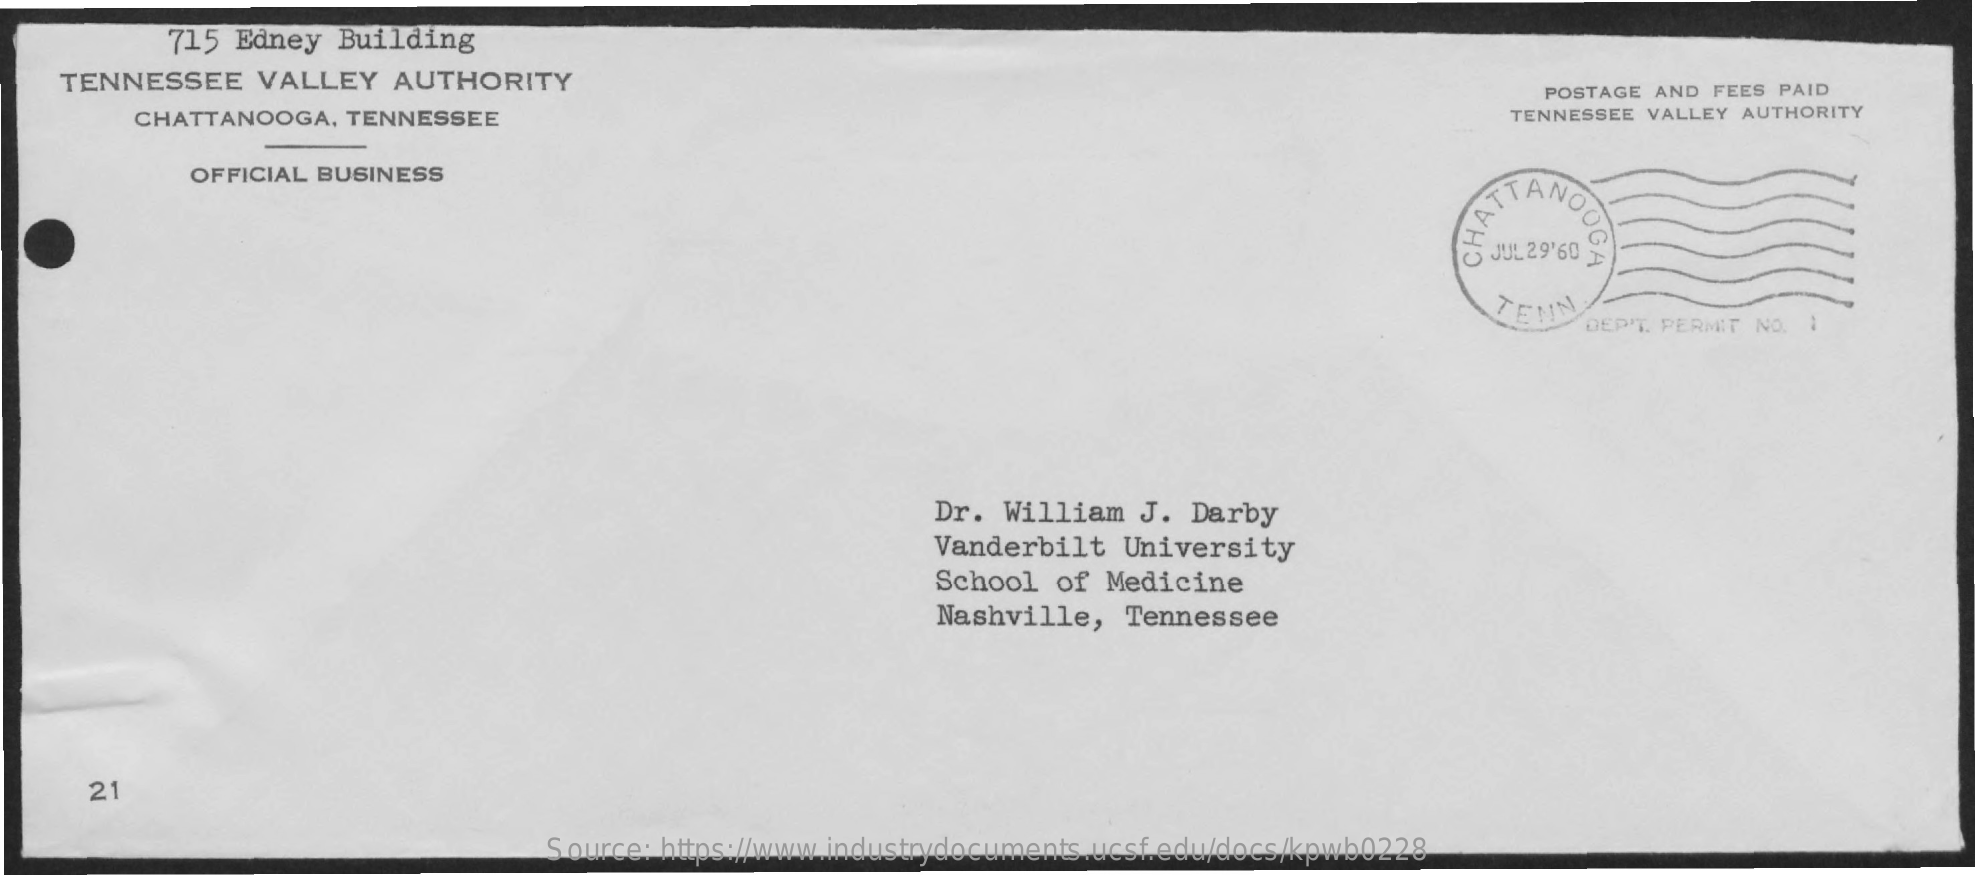
715 Edney  Building
    TENNESSEE    VALLEY   AUTHORITY
     POSTAGE AND FEES PAID
     CHATTANOOGA,   TENNESSEE    TENNESSEE VALLEY AUTHORITY
     OFFICIAL BUSINESS
     JOGA CHAT
     TENN
     DEP'T. PERMIT NO. :
     Dr. William   J. Darby
     Vanderbilt  University
     School  of Medicine
     Nashville,   Tennessee
     21
     Source: https://www.industrydocuments.ucsf.edu/docs/kpwb0228